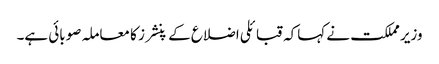
وزیر مملکت نے کہاکہ قبائلی اضلاع کے پنشرز کا معاملہ صوبائی ہے۔